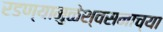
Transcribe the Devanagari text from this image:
रडण्यामुळेश्वसनाच्या